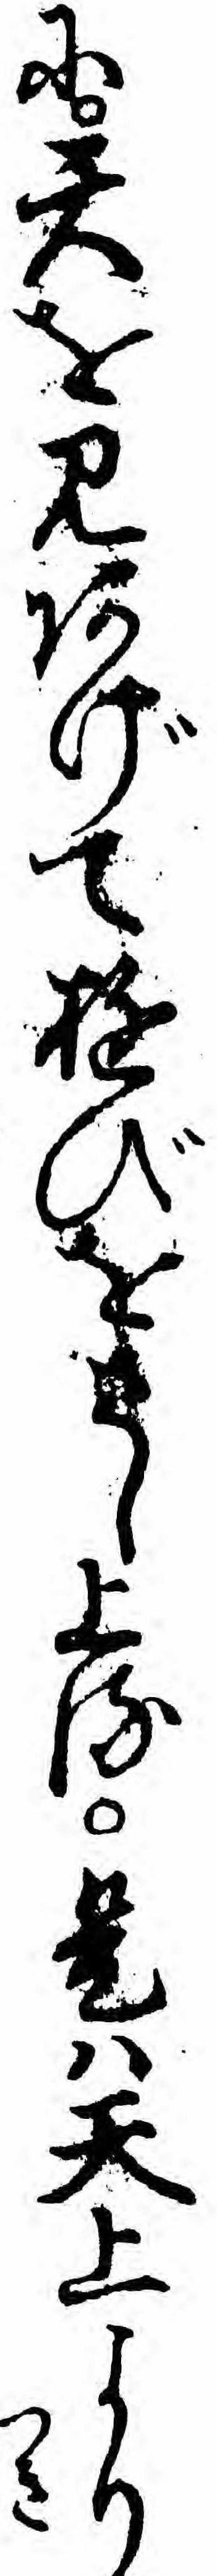
に天を見あげてゆびをさし上る是ハ天上より